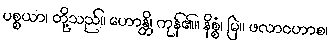
ပစ္စယာ၊ တို့သည်။ ဟောန္တိ၊ ကုန်၏။ နိစ္စံ၊ မြဲ။ ဖလာဝဟာစ၊